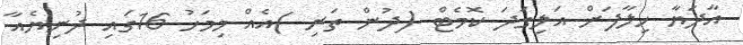
އާދަޔާ ހިލާފަށް އަލިގަދަ ކޮމެޓް (ދުން ތަރި )އެއް މިމަހު 16ގައި ދުނިޔެއާ